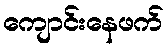
ကျောင်းနေဖက်